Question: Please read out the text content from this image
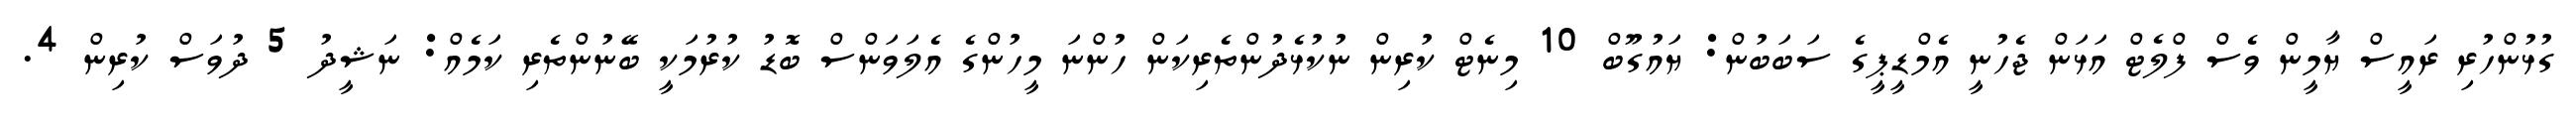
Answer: ގުޅުންހުރި ރައީސް ޔާމީން ވެސް ފްލެޓް އަޅަން ޖެހުނީ އެމްޑީޕީގެ ސަބަބުން: ޔައުގޫބް 10 މިނެޓް ކުރިން ނުކުޅެދުންތެރިކަން ހުންނަ މީހުންގެ އެލަވަންސް ބޮޑު ކުރުމަކީ ބޭނުންތެރި ކަމެއް: ނަޝީދު 5 ދުވަސް ކުރިން 4.